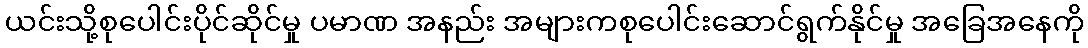
ယင်းသို့စုပေါင်းပိုင်ဆိုင်မှု ပမာဏ အနည်း အများကစုပေါင်းဆောင်ရွက်နိုင်မှု အခြေအနေကို